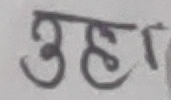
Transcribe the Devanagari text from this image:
उह